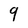
Character: 9